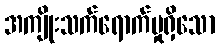
အကျိုးသက်ရောက်မှုရှိသော